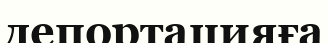
депортацияға